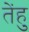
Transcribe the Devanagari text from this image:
तेंहु